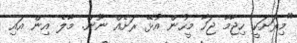
"މިރަށަކީ ހިޖާމާ ޖަހާ މީހުން އުޅޭ ރަށެއް ނޫން. މާލެ އިން އައި